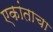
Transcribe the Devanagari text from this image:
एकांताचा